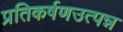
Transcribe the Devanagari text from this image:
प्रतिकर्षणउत्पन्न